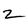
Character: 2